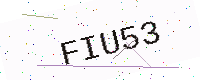
Text: FIU53